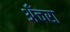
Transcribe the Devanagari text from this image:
अँचरा